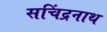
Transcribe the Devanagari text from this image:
सचिंद्रनाथ